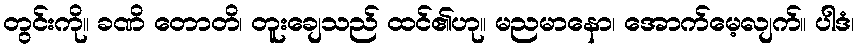
တွင်းကို။ ခဏိ တောတိ၊ တူးချေသည် ထင်၏ဟု။ မညမာနော၊ အောက်မေ့လျက်။ ပါဒံ၊